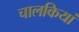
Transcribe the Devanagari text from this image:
चालकियां